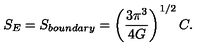
S _ { E } = S _ { b o u n d a r y } = \left( { \frac { 3 \pi ^ { 3 } } { 4 G } } \right) ^ { 1 / 2 } C .